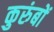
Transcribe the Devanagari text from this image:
कुरुंबों